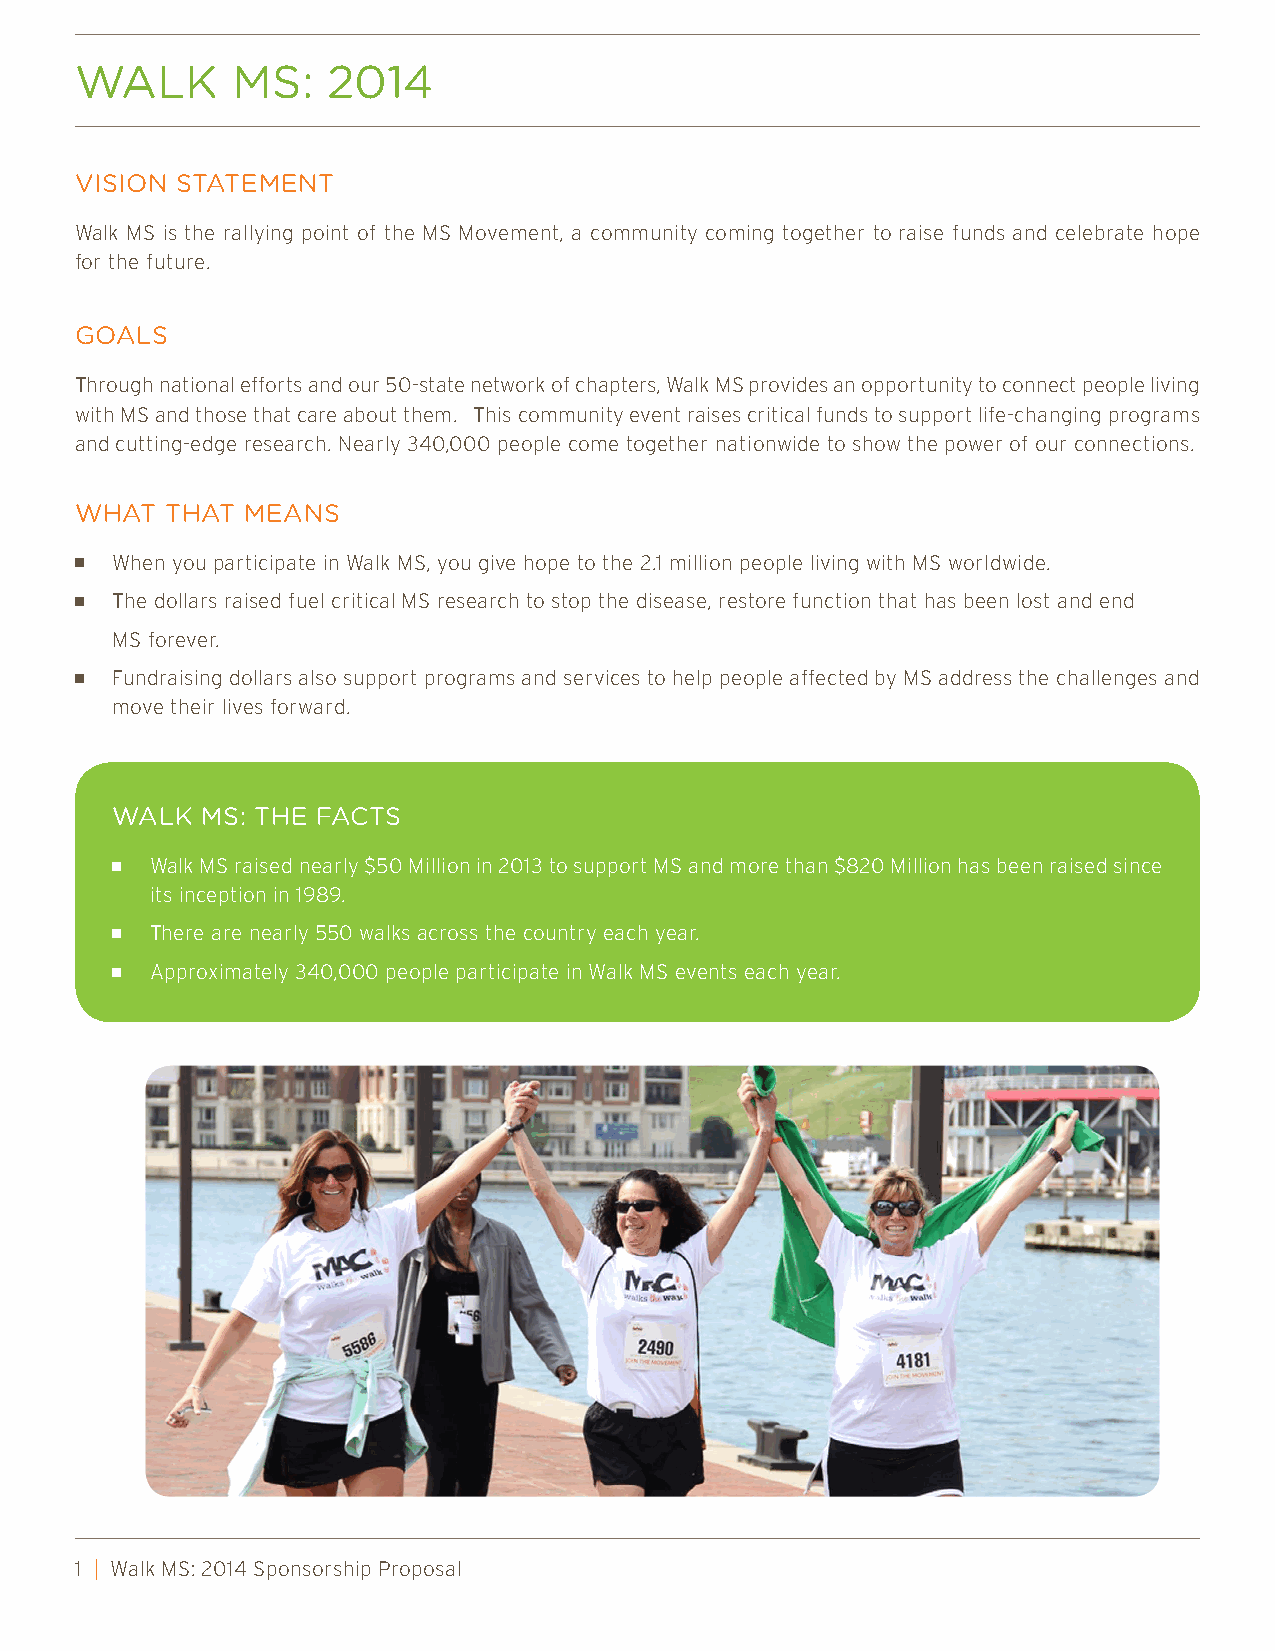
Walk      Ms:    2014
 VIsIon stateMent
 Walk MS is the rallying point of the MS Movement, a community coming together to raise funds and celebrate hope
 for the future.
 Goals
 Through national efforts and our 50-state network of chapters, Walk MS provides an opportunity to connect people living
 with MS and those that care about them. This community event raises critical funds to support life-changing programs
 and cutting-edge research. Nearly 340,000 people come together nationwide to show the power of our connections.
 What  that Means
 n When you participate in Walk MS, you give hope to the 2.1 million people living with MS worldwide.
 n The dollars raised fuel critical MS research to stop the disease, restore function that has been lost and end
 MS forever.
 n Fundraising dollars also support programs and services to help people affected by MS address the challenges and
 move their lives forward.
 Walk  Ms: the faCts
 n  Walk MS raised nearly $50 Million in 2013 to support MS and more than $820 Million has been raised since
 its inception in 1989.
 n  There are nearly 550 walks across the country each year.
 n  Approximately 340,000 people participate in Walk MS events each year.
 1 | Walk MS: 2014 Sponsorship Proposal